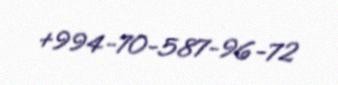
+994-70-587-96-72